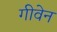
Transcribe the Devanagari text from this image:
गीवेन